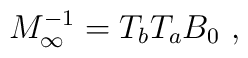
M_\infty^{-1} = T_b T_a B_0\ ,